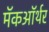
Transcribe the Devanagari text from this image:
मॅकऑर्थर